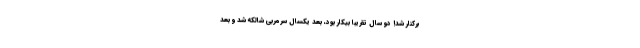
برکنار شد! دو سال تقریباً بیکار بود، بعد یکسال سرمربی شالکه شد و بعد